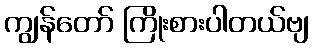
ကျွန်တော် ကြိုးစားပါတယ်ဗျ